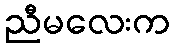
ညီမလေးက